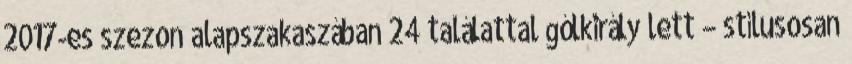
2017-es szezon alapszakaszában 24 találattal gólkirály lett – stílusosan